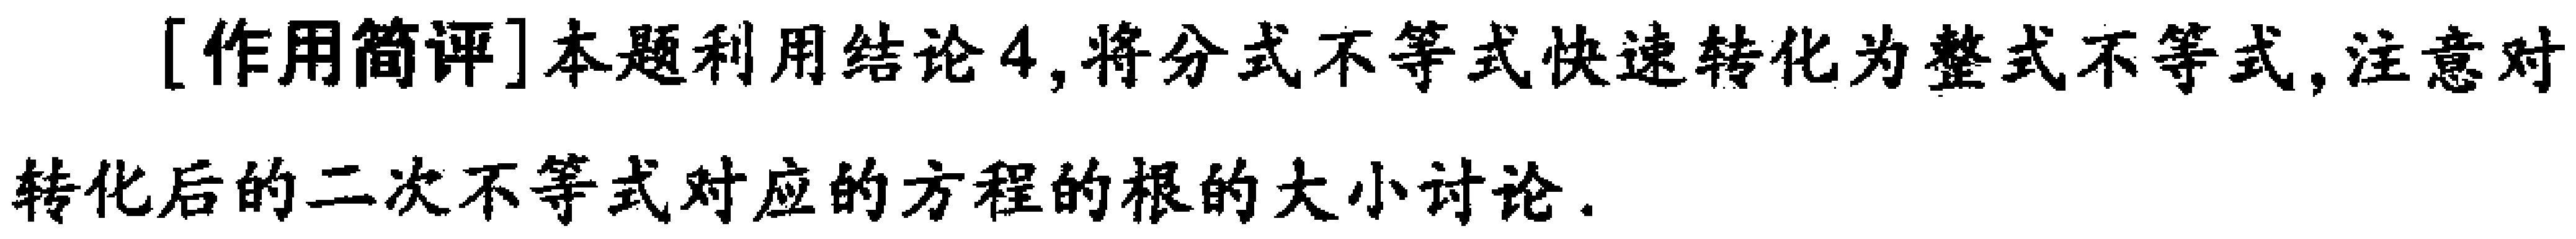
[作用简评]本题利用结论4,将分式不等式快速转化为整式不等式,注意对

转化后的二次不等式对应的方程的根的大小讨论.